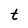
Character: t